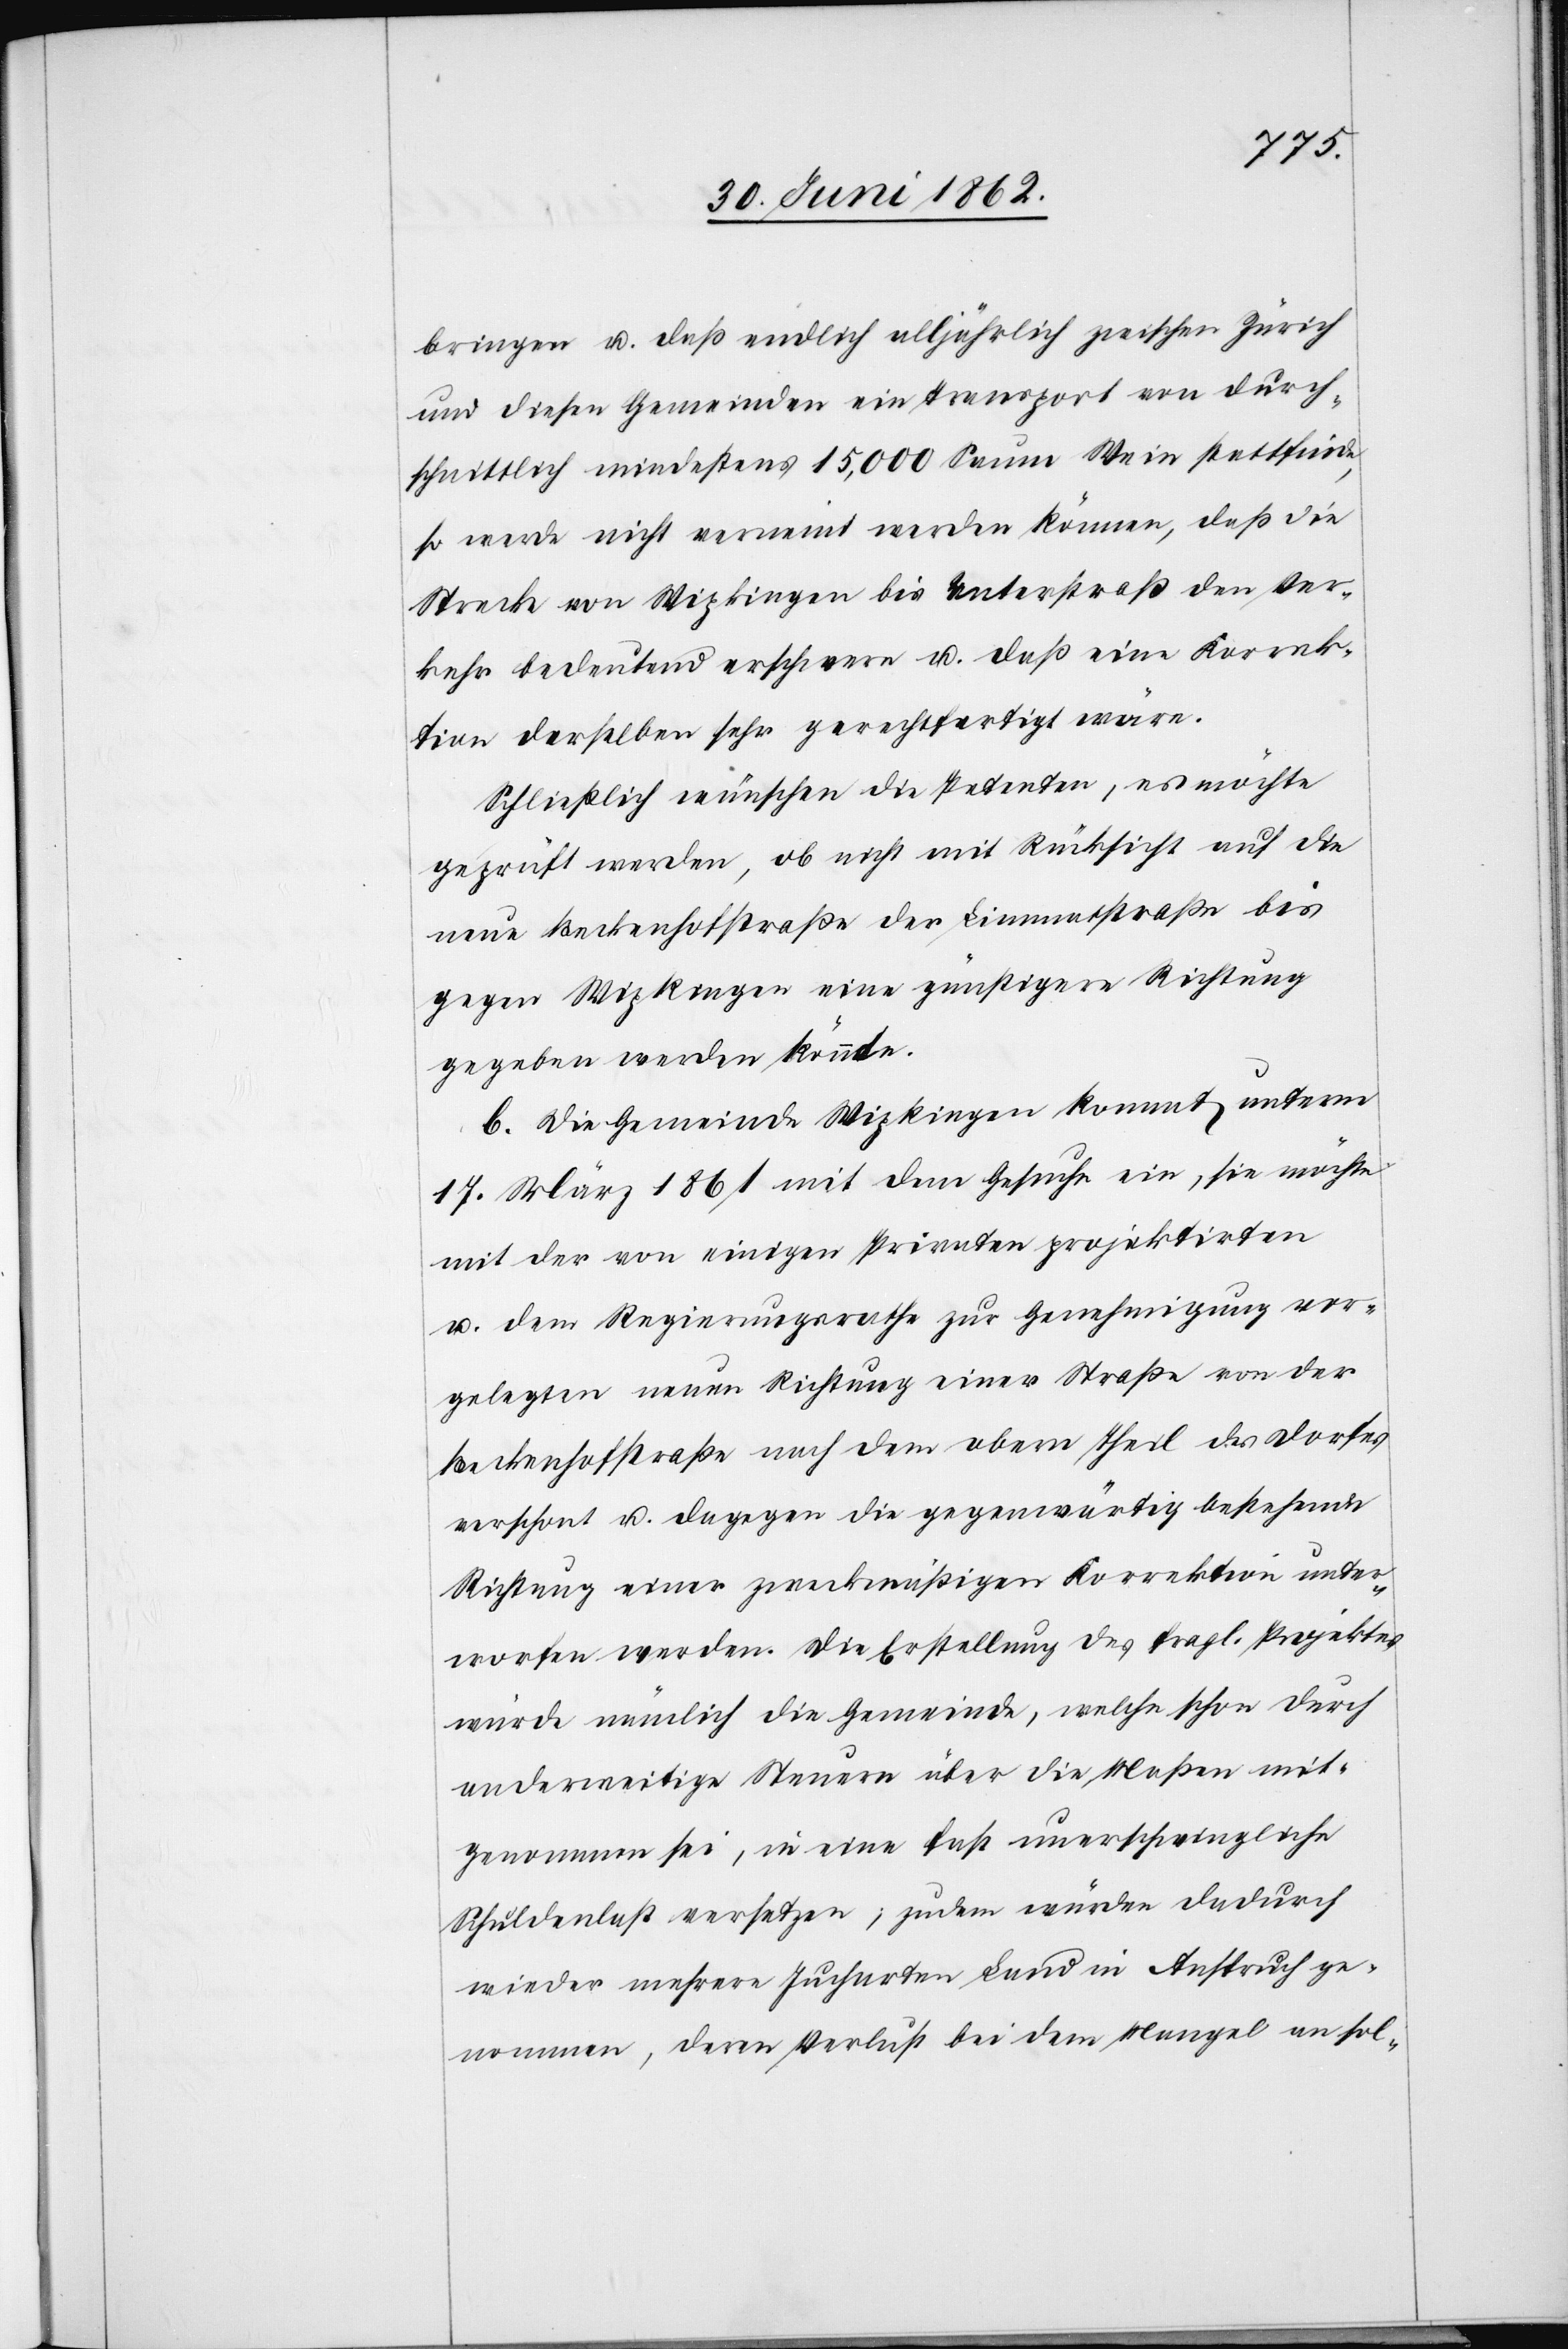
bringen u. daß endlich alljährlich zwischen Zürich
und diesen Gemeinden ein Transport von durch¬
schnittlich mindestens 15,000 Saume Wein stattfinde,
so werde nicht verneint werden können, daß die
Strecke von Wipkingen bis Unterstraß den Ver¬
kehr bedeutend erschwere u. daß eine Korrek¬
tion derselben sehr gerechtfertigt wäre.
Schließlich wünschen die Petenten, es möchte
geprüft werden, ob nicht mit Rücksicht auf die
neue Beckenhofstraße der Limmatstraße bis
gegen Wipkingen eine günstigere Richtung
gegeben werden könnte.
b. Die Gemeinde Wipkingen kommt unterm
17. März 1861 mit dem Gesuche ein, sie mache
mit der von einigen Privaten projektirten
u. dem Regierungsrathe zur Genehmigung vor¬
gelegten neuen Richtung einer Straße von der
Beckenhofstraße nach dem obern Theil des Dorfes
verschont u. dagegen die gegenwärtig bestehende
Richtung einer zweckmäßigen Korrektion unter¬
worfen werden. Die Erstellung des fragl. Projektes
würde nämlich die Gemeinde, welche schon durch
anderweitige Steuern über die Maßen mit¬
genommen sei, in eine fast unerschwingliche
Schuldenlast versetzen; zudem würden dadurch
wieder mehrere Jucharten Land in Anspruch ge¬
nommen, deren Verlust bei dem Mangel an sol-